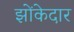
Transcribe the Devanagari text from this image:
झोंकेदार